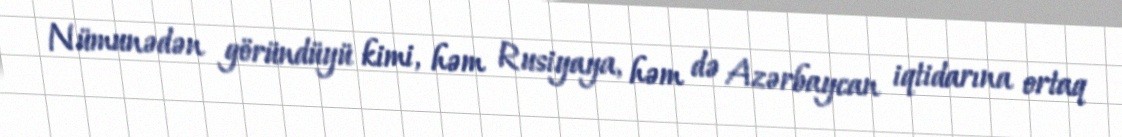
Nümunədən göründüyü kimi, həm Rusiyaya, həm də Azərbaycan iqtidarına ortaq